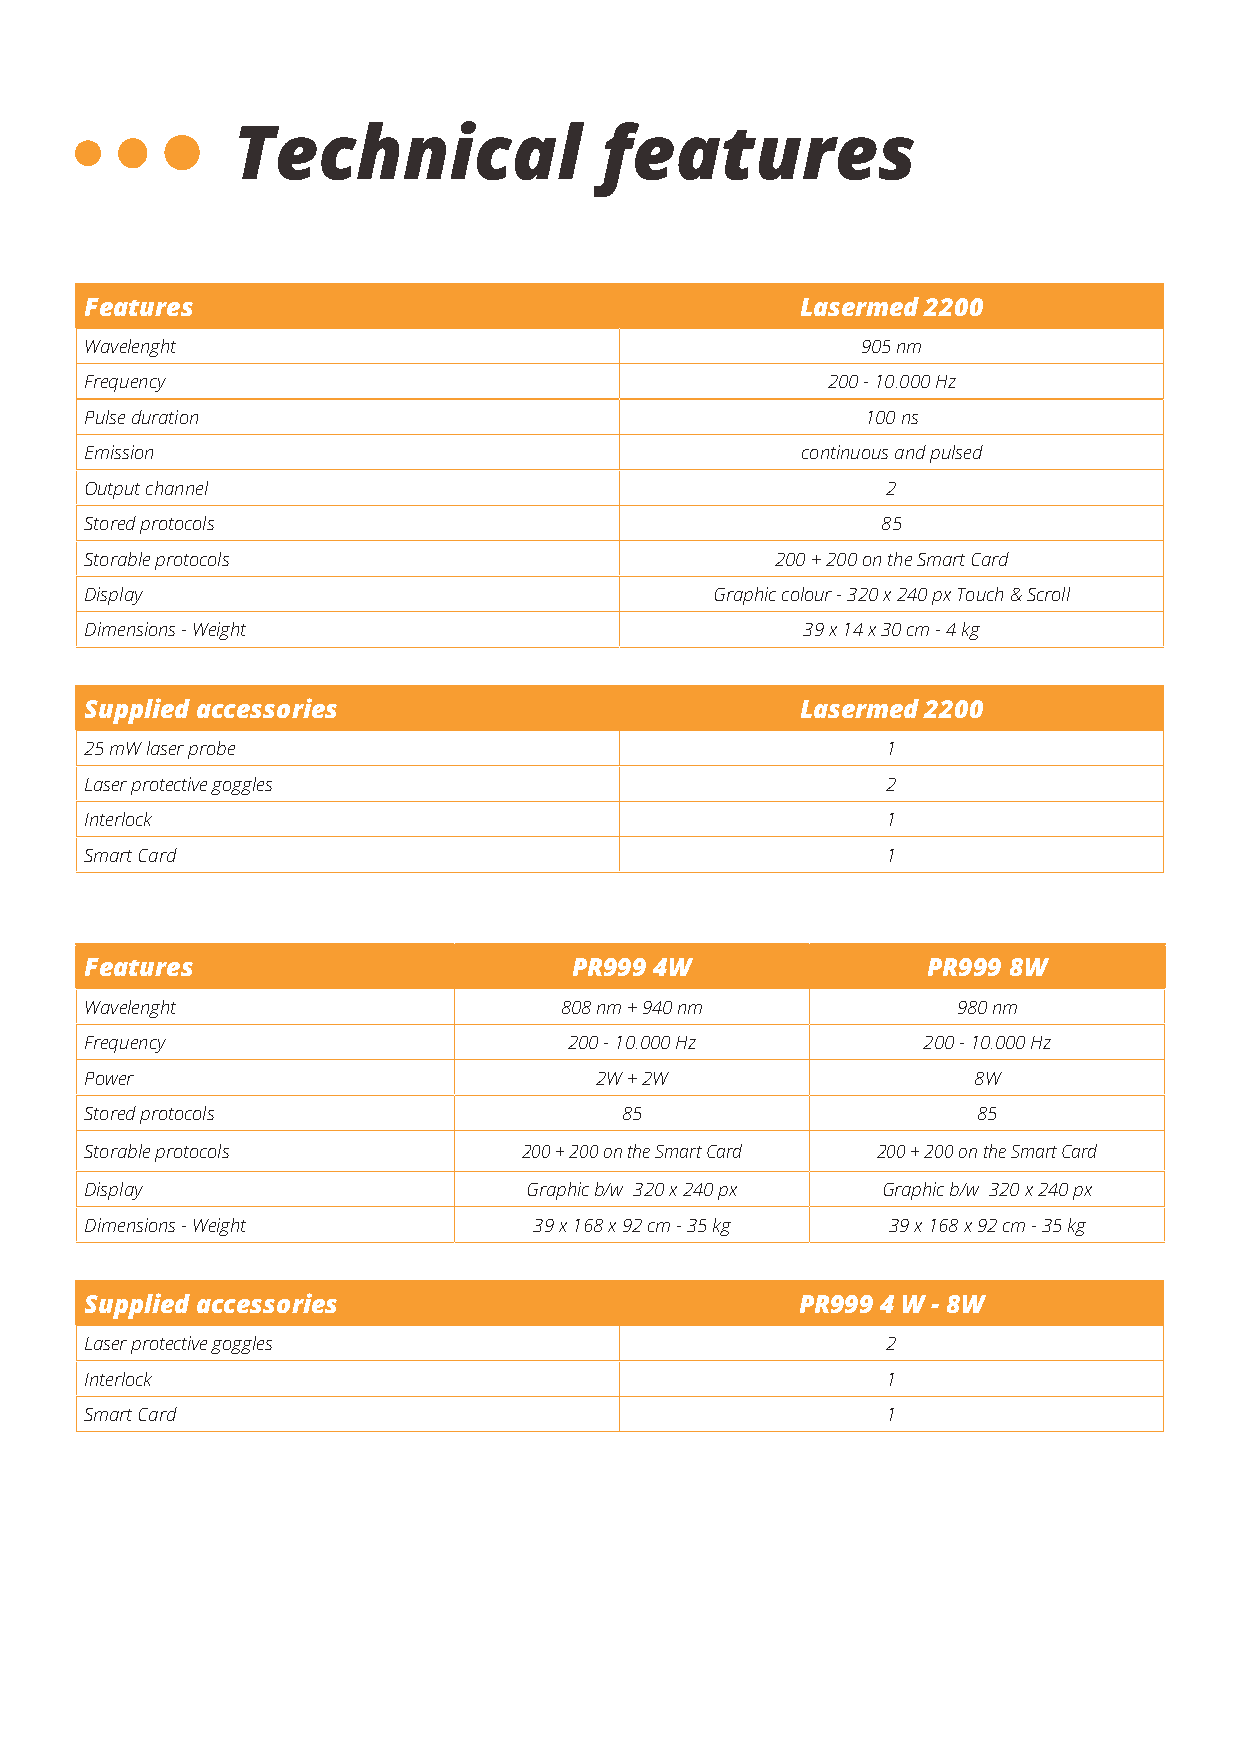
Technical                features
 Features                                       Lasermed 2200
 Wavelenght                                         905 nm
 Frequency                                        200 - 10.000 Hz
 Pulse duration                                     100 ns
 Emission                                       continuous and pulsed
 Output channel                                       2
 Stored protocols                                    85
 Storable protocols                           200 + 200 on the Smart Card
 Display                                  Graphic colour - 320 x 240 px Touch & Scroll
 Dimensions - Weight                            39 x 14 x 30 cm - 4 kg
 Supplied accessories                           Lasermed 2200
 25 mW laser probe                                    1
 Laser protective goggles                             2
 Interlock                                            1
 Smart Card                                           1
 Features                        PR999 4W               PR999 8W
 Wavelenght                     808 nm + 940 nm           980 nm
 Frequency                       200 - 10.000 Hz        200 - 10.000 Hz
 Power                            2W + 2W                  8W
 Stored protocols                   85                      85
 Storable protocols           200 + 200 on the Smart Card 200 + 200 on the Smart Card
 Display                      Graphic b/w 320 x 240 px Graphic b/w 320 x 240 px
 Dimensions - Weight          39 x 168 x 92 cm - 35 kg 39 x 168 x 92 cm - 35 kg
 Supplied accessories                           PR999 4 W - 8W
 Laser protective goggles                             2
 Interlock                                            1
 Smart Card                                           1